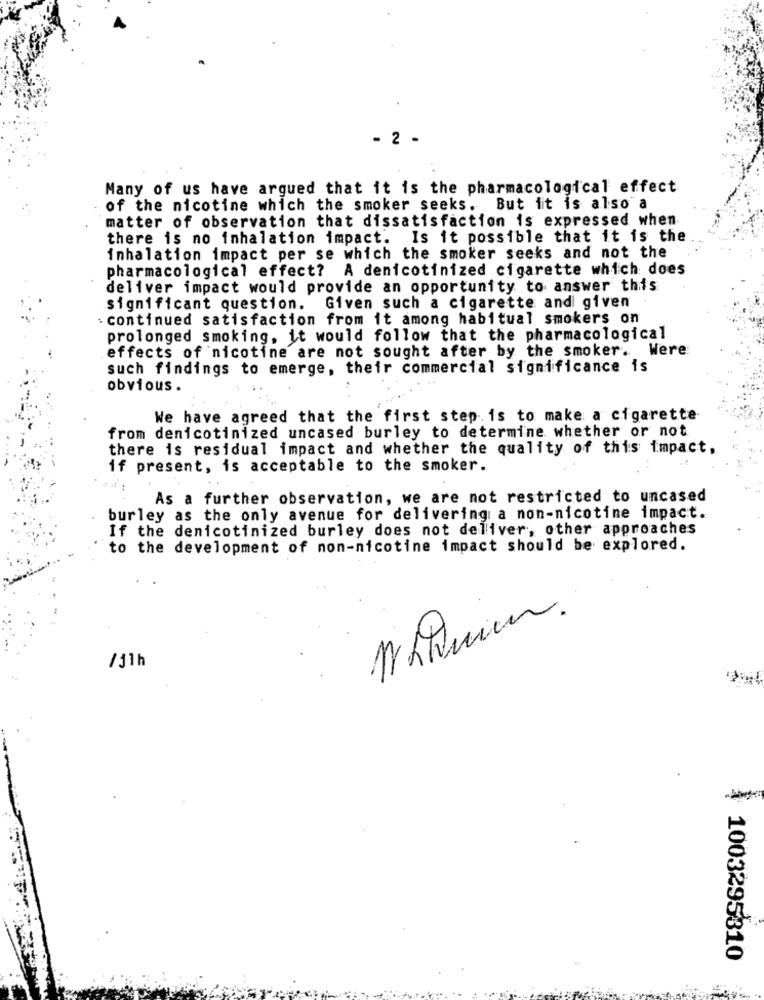
- 2 .
Many of us have argued that it is the pharmacological effect
of the nicotine which the smoker seeks. But it is also a
matter of observation that dissatisfaction is expressed when
there is no inhalation impact. Is it possible that it is the
inhalation impact per se which the smoker seeks and not the
pharmacological effect?
A denicotinized cigarette which does
deliver impact would provide an opportunity to answer this
significant question.
Given such a cigarette and given
: continued satisfaction from it among habitual smokers on
prolonged smoking, it would follow that the pharmacological
effects of nicotine are not sought after by the smoker. Were
such findings to emerge, their commercial significance is
obvious .
We have agreed that the first step. is to make a cigarette
from denicotinized uncased burley to determine whether or not
there is residual impact and whether the quality of this impact,
if present, is acceptable to the smoker.
As a further observation, we are not restricted to uncased
burley as the only avenue for delivering a non-nicotine impact.
If the denicotinized burley does not deliver, other approaches
to the development of non-nicotine impact should be explored.
/11h
1003295310